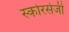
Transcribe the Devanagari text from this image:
स्कोरसेजी